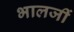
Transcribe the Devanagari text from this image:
भालजीं